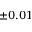
\pm 0 . 0 1